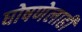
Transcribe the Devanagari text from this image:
घोषणेलाही